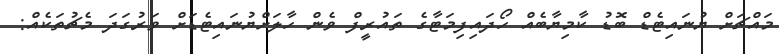
މައްޗަށް ޔުނައިޓެޑް ބޮޑު ކާމިޔާބެއް ހޯދައިފިމަޓާގެ ތައުރީފް ވެން ހާލަށްޔުނައިޓެޑަށް ވަރުގަދަ މެޗުތަކެއް: